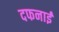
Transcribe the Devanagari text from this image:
दफनाई